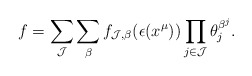
\begin{align*}f=\sum_{\mathcal{J}} \sum_{\beta} f_{\mathcal{J},\beta}(\epsilon(x^{\mu})) \prod_{j \in \mathcal{J}} \theta_j^{\beta^j}.\end{align*}